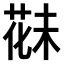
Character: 𫈪